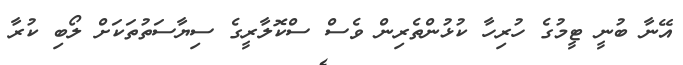
އޭނާ ބުނީ ޓީމުގެ ހުރިހާ ކުޅުންތެރިން ވެސް ސްކޮލާރީގެ ސިޔާސަތުތަކަށް ލޯބި ކުރާ